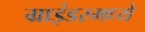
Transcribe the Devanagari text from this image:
ग्राइंडरमध्ये